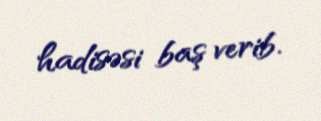
hadisəsi baş verib.